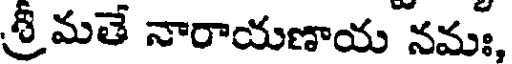
శ్రీమతే నారాయణాయ నమః,